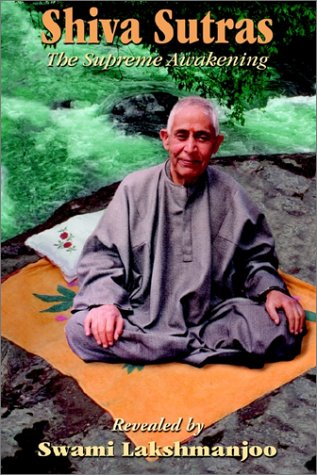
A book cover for Shiva Sutras: The Supreme Awakening; Swami Lakshmanjoo; Religion & Spirituality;